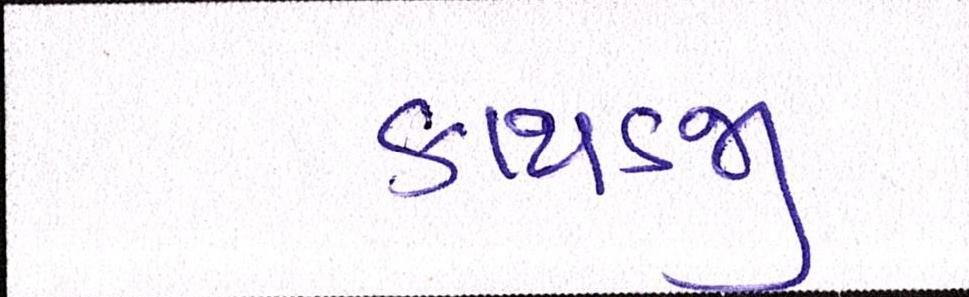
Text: કાથડજી